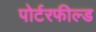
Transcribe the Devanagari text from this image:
पोर्टरफील्ड